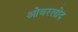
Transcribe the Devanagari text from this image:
ओवरलोद